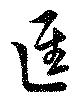
径